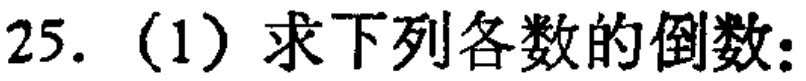
25.（1）求下列各数的倒数：